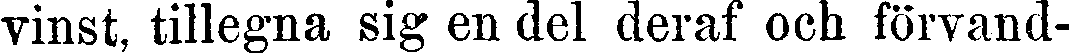
vinst, tillegna sig en del deraf och förvand-